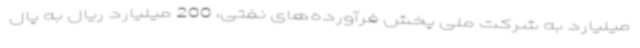
میلیارد به شرکت ملی پخش فرآورده‌های نفتی، 200 میلیارد ریال به پال